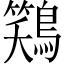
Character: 𫛎